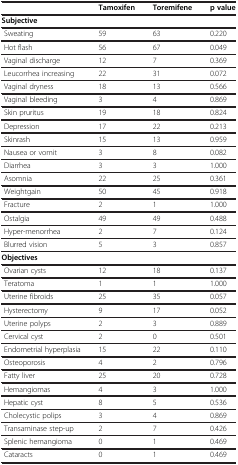
<table><thead><tr><td><b> </b></td><td><b>Tamoxifen</b></td><td><b>Toremifene</b></td><td><b>p value</b></td></tr></thead><tbody><tr><td><b>Subjective</b></td><td> </td><td> </td><td> </td></tr><tr><td> Sweating</td><td>59</td><td>63</td><td>0.220</td></tr><tr><td> Hot flash</td><td>56</td><td>67</td><td>0.049</td></tr><tr><td> Vaginal discharge</td><td>12</td><td>7</td><td>0.369</td></tr><tr><td> Leucorrhea increasing</td><td>22</td><td>31</td><td>0.072</td></tr><tr><td> Vaginal dryness</td><td>18</td><td>13</td><td>0.566</td></tr><tr><td> Vaginal bleeding</td><td>3</td><td>4</td><td>0.869</td></tr><tr><td> Skin pruritus</td><td>19</td><td>18</td><td>0.824</td></tr><tr><td> Depression</td><td>17</td><td>22</td><td>0.213</td></tr><tr><td> Skinrash</td><td>15</td><td>13</td><td>0.959</td></tr><tr><td> Nausea or vomit</td><td>3</td><td>8</td><td>0.082</td></tr><tr><td> Diarrhea</td><td>3</td><td>3</td><td>1.000</td></tr><tr><td> Asomnia</td><td>22</td><td>25</td><td>0.361</td></tr><tr><td> Weightgain</td><td>50</td><td>45</td><td>0.918</td></tr><tr><td> Fracture</td><td>2</td><td>1</td><td>1.000</td></tr><tr><td> Ostalgia</td><td>49</td><td>49</td><td>0.488</td></tr><tr><td> Hyper-menorrhea</td><td>2</td><td>7</td><td>0.124</td></tr><tr><td> Blurred vision</td><td>5</td><td>3</td><td>0.857</td></tr><tr><td><b>Objectives</b></td><td> </td><td> </td><td> </td></tr><tr><td> Ovarian cysts</td><td>12</td><td>18</td><td>0.137</td></tr><tr><td> Teratoma</td><td>1</td><td>1</td><td>1.000</td></tr><tr><td> Uterine fibroids</td><td>25</td><td>35</td><td>0.057</td></tr><tr><td> Hysterectomy</td><td>9</td><td>17</td><td>0.052</td></tr><tr><td> Uterine polyps</td><td>2</td><td>3</td><td>0.889</td></tr><tr><td> Cervical cyst</td><td>2</td><td>0</td><td>0.501</td></tr><tr><td> Endometrial hyperplasia</td><td>15</td><td>22</td><td>0.110</td></tr><tr><td> Osteoporosis</td><td>4</td><td>2</td><td>0.796</td></tr><tr><td> Fatty liver</td><td>25</td><td>20</td><td>0.728</td></tr><tr><td> Hemangiomas</td><td>4</td><td>3</td><td>1.000</td></tr><tr><td> Hepatic cyst</td><td>8</td><td>5</td><td>0.536</td></tr><tr><td> Cholecystic polips</td><td>3</td><td>4</td><td>0.869</td></tr><tr><td> Transaminase step-up</td><td>2</td><td>7</td><td>0.426</td></tr><tr><td> Splenic hemangioma</td><td>0</td><td>1</td><td>0.469</td></tr><tr><td> Cataracts</td><td>0</td><td>1</td><td>0.469</td></tr></tbody></table>